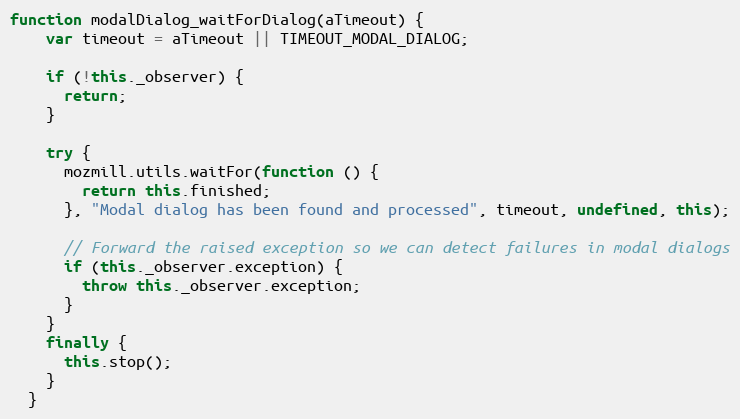
Language: JavaScript
function modalDialog_waitForDialog(aTimeout) {
    var timeout = aTimeout || TIMEOUT_MODAL_DIALOG;

    if (!this._observer) {
      return;
    }

    try {
      mozmill.utils.waitFor(function () {
        return this.finished;
      }, "Modal dialog has been found and processed", timeout, undefined, this);

      // Forward the raised exception so we can detect failures in modal dialogs
      if (this._observer.exception) {
        throw this._observer.exception;
      }
    }
    finally {
      this.stop();
    }
  }